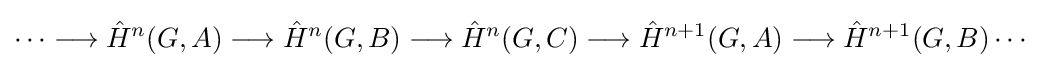
\cdots \longrightarrow {\hat {H}}^{n}(G,A)\longrightarrow {\hat {H}}^{n}(G,B)\longrightarrow {\hat {H}}^{n}(G,C)\longrightarrow {\hat {H}}^{n+1}(G,A)\longrightarrow {\hat {H}}^{n+1}(G,B)\cdots